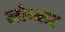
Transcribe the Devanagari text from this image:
लोन्कर